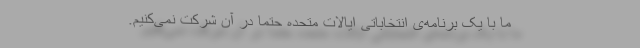
ما با یک برنامه‌ی انتخاباتی ایالات متحده حتماً در آن شرکت نمی‌کنیم.